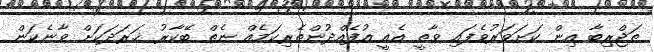
ތަޖްރިބާ އިން ކަށަވަރުވެފައި ވާތީ އެއީ އުފެއްދުންތެރިކަމެއް ނެތް ބޭކާރު ޚަރަދަކަށް ވާނެކަން